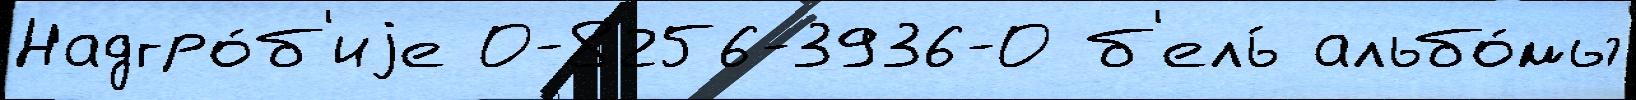
Надгро́б'иjе 0-8256-3936-0 б'ель́ альбо́мы